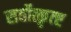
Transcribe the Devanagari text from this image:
सर्वोत्कृत्ष्ट